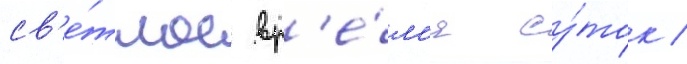
св'е́тлое вр'е́м'я су́ток /